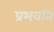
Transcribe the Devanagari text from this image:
प्रभवति